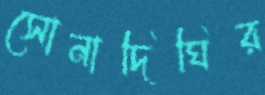
সোনাদিঘির